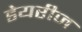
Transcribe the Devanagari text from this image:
डेयरीज